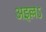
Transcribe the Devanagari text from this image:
अइल्लऽ